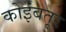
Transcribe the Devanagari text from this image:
कोर्इंबतूर